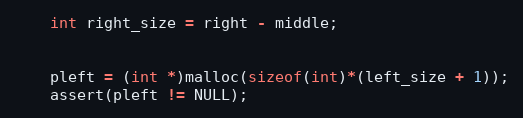
Language: C
	int right_size = right - middle;

	pleft = (int *)malloc(sizeof(int)*(left_size + 1));
	assert(pleft != NULL);